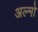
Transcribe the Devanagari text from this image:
अल्मो